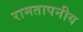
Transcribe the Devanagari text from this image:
रामतापनीय